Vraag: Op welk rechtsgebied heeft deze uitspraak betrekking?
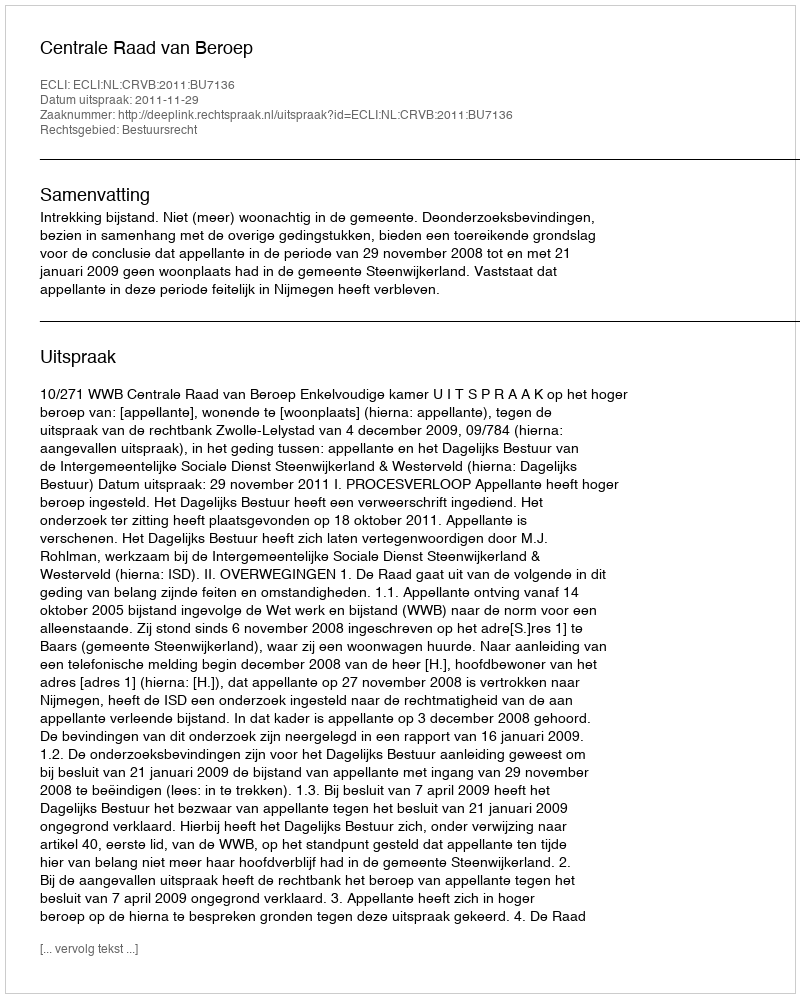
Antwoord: Bestuursrecht